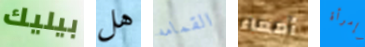
بيليك هل القمامه أمعاء وإمرأة